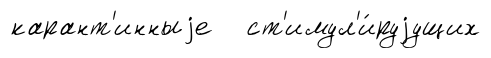
карант'инныjе ст'имул'и́руjущих